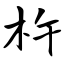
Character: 杵